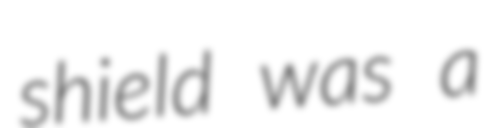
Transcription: shield was a